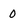
Character: 0